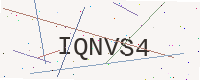
Text: IQNVS4